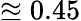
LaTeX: \approxeq 0.45